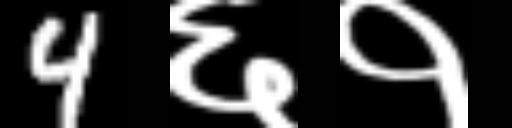
Text: 4६१